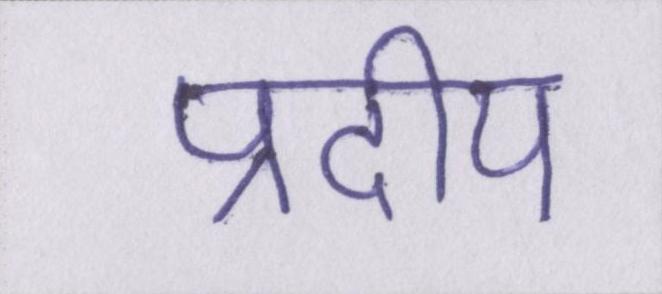
प्रदीप